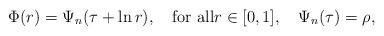
LaTeX: \begin{align*}\Phi(r)=\Psi_n(\tau+\ln r),\quad\mbox{for all}r\in[0,1],\quad\Psi_n(\tau)=\rho,\end{align*}